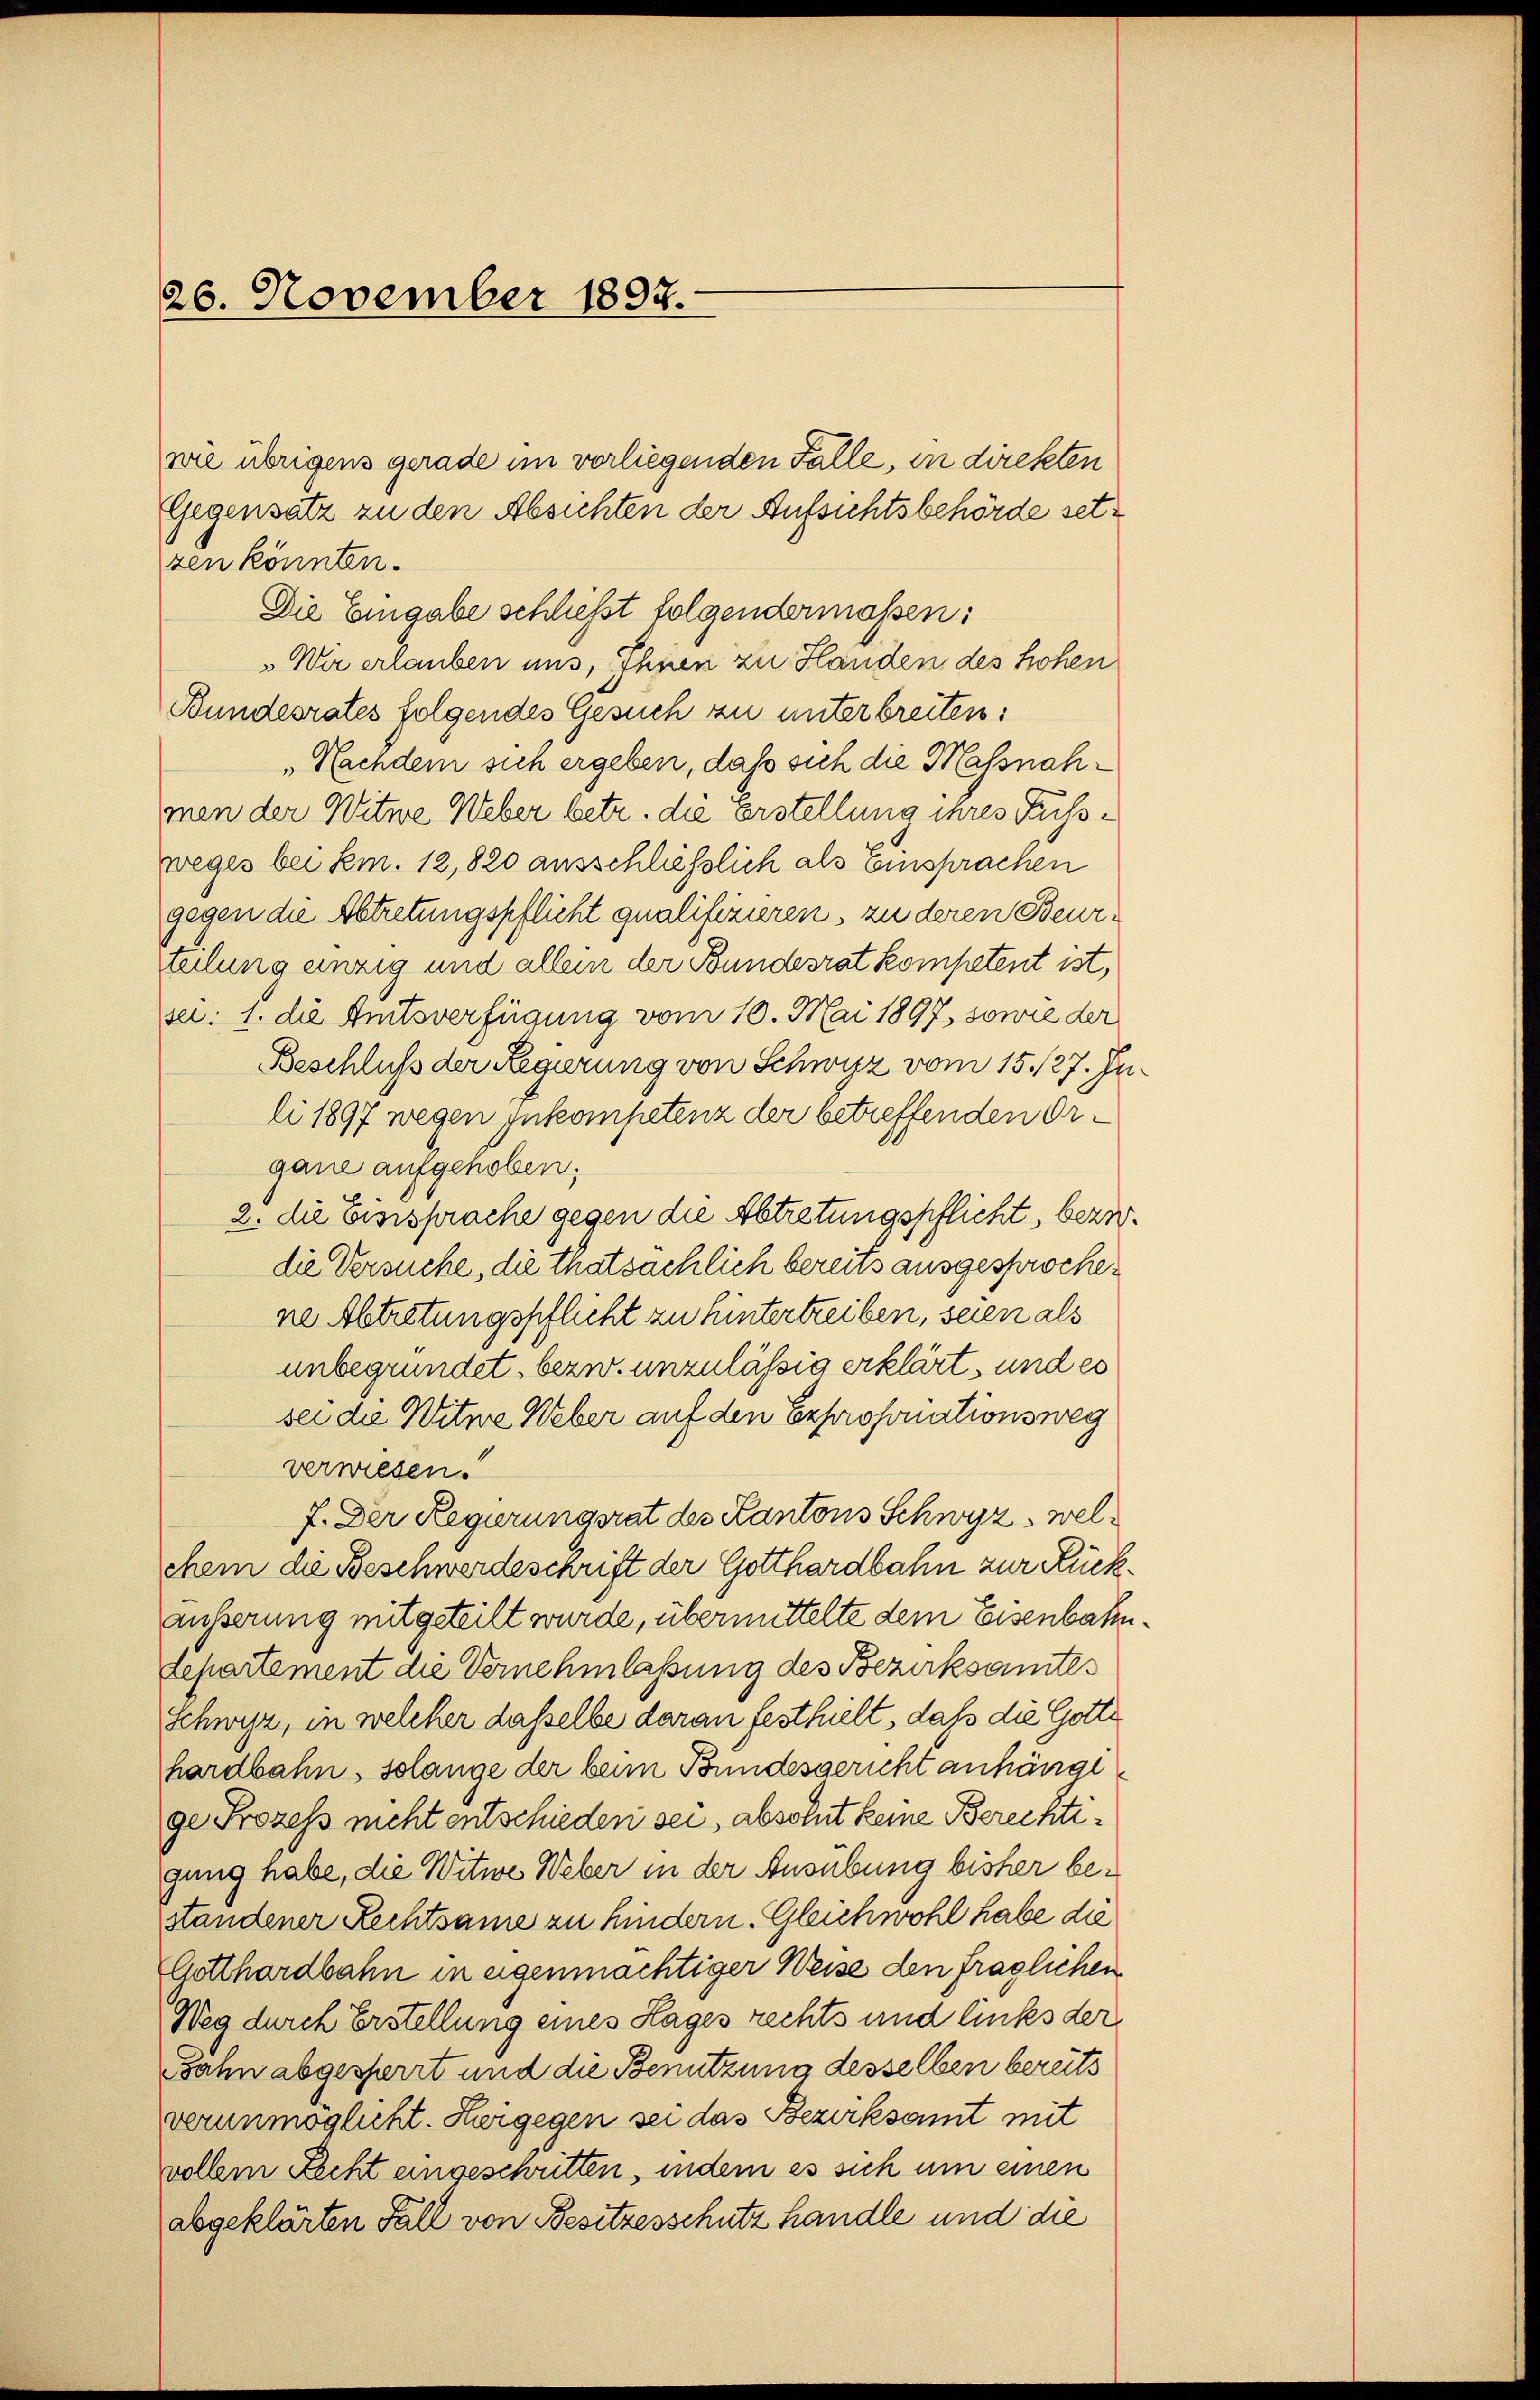
26. November 1892.

wie übrigens gerade im vorliegenden Fälle, in direkten
Gegensatz zu den Absichten der Aufsichtsbehörde setsen könnten.
Die Eingabe schließt folgendermassen:
„Wir erlauben uns, Ihnen zu Handen des hohen
Bundesrates folgendes Gesuch zu unterbreiten:
„Nachdem sich ergeben, daß sich die Massnahmen der Witwe Weber betr. die Erstellung ihres Fussweges bei Sem. 12, 820 ausschließlich als Einsprachen
gegen die Abtretungspflicht qualifizieren, zu deren Beurteilung einzig und allein der Bundesrat kompetent ist,
se: 1. die Amtsverfügung vom 10. Mai 1897, sowie der
Beschluß der Regierung von Schwyz vom 15./27. Juli 1897 wegen zukompetenz der betreffenden Organe aufgehoben;
2. die Eisisprache gegen die Abtretungspflicht, bezw.
die Versuche, die thatsächlich bereits ausgesprochene Abtretungspflicht zu hintertreiben, seien als
unbegründet, bezw. unzulässig erklärt, und es
sei die Witwe Weber auf den Exproponiationsweg
verwiesen.
7. Der Regierungsrat des Kantons Schwyz, welchem die Beschwerdeschrift der Gotthardbahn zur Rückäußerung mitgeteilt wurde, übermittelte dem Eisenbahndepartement die Vernehmlassung des Bezirksamtes
Schwyz, in welcher dasselbe daran festhielt, daß die Gotte
hardbahn, solange der beim Bundesgericht anhänge
ge Prozess nicht entschieden sei, absolut keine Berechtigung habe, die Witwe Weber in der Ausübung bisher bestandener Rechtsame zu hindern. Gleichwohl habe die
Gotthardbahn in eigenmächtiger Weise den fraglichen
Weg durch Erstellung eines Hages rechts und links der
Jahn abgesperrt und die Benutzung desselben bereits
verunmöglicht. Heergegen sei das Bezirksamt mit
vollem Recht eingeschritten, indem es sich um einen
abgeklärten Fall von Besitzesschutz handle und die